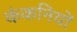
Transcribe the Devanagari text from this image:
कंकनियों